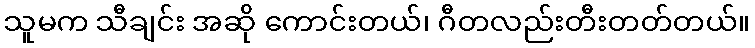
သူမက သီချင်း အဆို ကောင်းတယ်၊ ဂီတလည်းတီးတတ်တယ်။